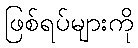
ဖြစ်ရပ်များကို